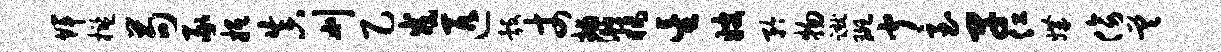
辉槛苟豕抵真刈乙戎匹彀丈捕渺橘星嫂矜物蹴斑闻至早仁媾傍差